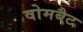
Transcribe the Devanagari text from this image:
वोमबैट